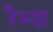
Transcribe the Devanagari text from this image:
रैम्या